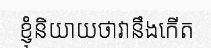
ខ្ញុំនិយាយថាវានឹងកើត